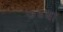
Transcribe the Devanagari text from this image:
७४वा